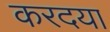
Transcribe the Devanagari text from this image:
करदया